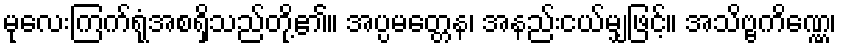
မုလေးကြက်ရုံအစရှိသည်တို့၏။ အပ္ပမတ္တေန၊ အနည်းငယ်မျှဖြင့်။ အသိဗ္ဗကိဏ္ဏေ၊